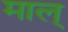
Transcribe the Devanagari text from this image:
माल्